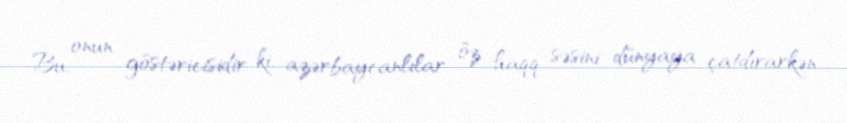
Bu, onun göstəricisidir ki, azərbaycanlılar öz haqq səsini dünyaya çatdırarkən